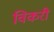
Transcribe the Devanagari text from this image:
विकरी